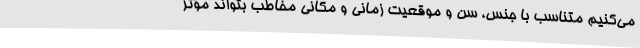
می‌کنیم متناسب با جنس، سن و موقعیت زمانی و مکانی مخاطب بتواند مؤثر